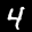
Label: 4